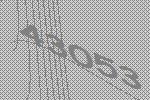
43053